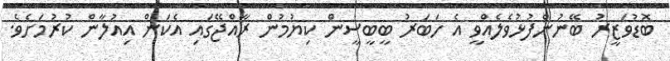
ބޮޑުވަޒީރު ބޭނުންފުޅުވެލެއްވީ އެ ހަބަރު ބީބީސީން ކިޔުމުން ރާއްޖޭގައި އެކަން އިއުލާން ކުރުމަށެވެ.